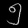
Digit: ၅